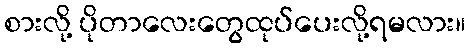
စားလို့ ပိုတာလေးတွေထုပ်ပေးလို့ရမလား။